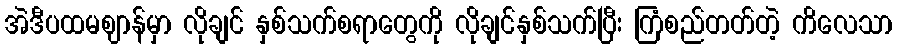
အဲဒီပထမဈာန်မှာ လိုချင် နှစ်သက်စရာတွေကို လိုချင်နှစ်သက်ပြီး ကြံစည်တတ်တဲ့ ကိလေသာ